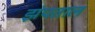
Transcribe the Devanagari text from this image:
झंपताल